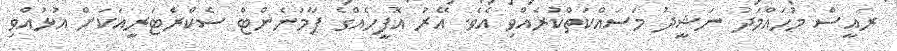
ރައީސް މުހައްމަދު ނަަޝީދު މަސައްކަތްކުރެއްވި އެވެ. އޭރު އޮފީހެއްގެ ޕާމަނެންޓް ސެކްރެޓަަރީއަަކަށް އުޅުއްވި